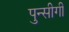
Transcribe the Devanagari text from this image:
पुन्सीगी